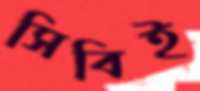
সিবিই